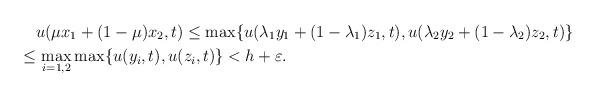
LaTeX: \begin{align*}&u(\mu x_1+(1-\mu)x_2,t)\le \max\{u(\lambda_1y_1+(1-\lambda_1)z_1,t), u(\lambda_2y_2+(1-\lambda_2)z_2,t)\} \\\le&\, \max_{i=1,2}\max\{u(y_i,t),u(z_i,t)\}<h+\varepsilon. \end{align*}